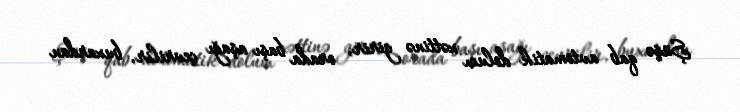
Şüşə qab avtomatik dolum xəttinə girir, orada başı aşağı çevrilir, buxardan